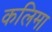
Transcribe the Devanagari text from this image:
कलिमा